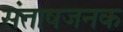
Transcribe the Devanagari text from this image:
संताषजनक